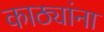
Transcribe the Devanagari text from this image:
काठ्यांना